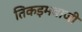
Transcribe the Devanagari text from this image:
तिकड़मबाजी